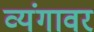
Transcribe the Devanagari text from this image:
व्यंगावर